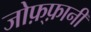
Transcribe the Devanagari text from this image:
जोफ़्फ़ानी